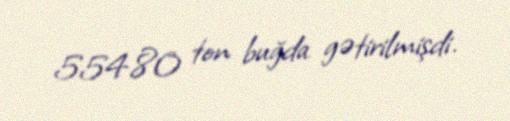
554.80 ton buğda gətirilmişdi.